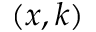
( x , k )